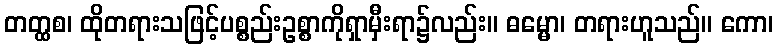
တတ္ထစ၊ ထိုတရားသဖြင့်ပစ္စည်းဥစ္စာကိုရှာမှီးရာ၌လည်း။ ဓမ္မော၊ တရားဟူသည်။ ကော၊